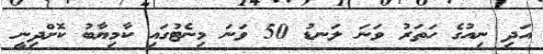
އަދި ނިއުގެ ހަތަރު ވަނަ ލަނޑު 50 ވަނަ މިނެޓުގައި ކާމިޔާބު ކޮށްދިނީ